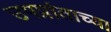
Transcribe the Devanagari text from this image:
उपप्रांताच्या